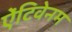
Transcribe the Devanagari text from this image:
ऐंटिवेनम